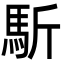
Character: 馸